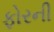
ફોરની